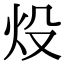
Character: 炈